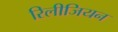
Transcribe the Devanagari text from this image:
रिलीजियन